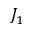
J _ { 1 }